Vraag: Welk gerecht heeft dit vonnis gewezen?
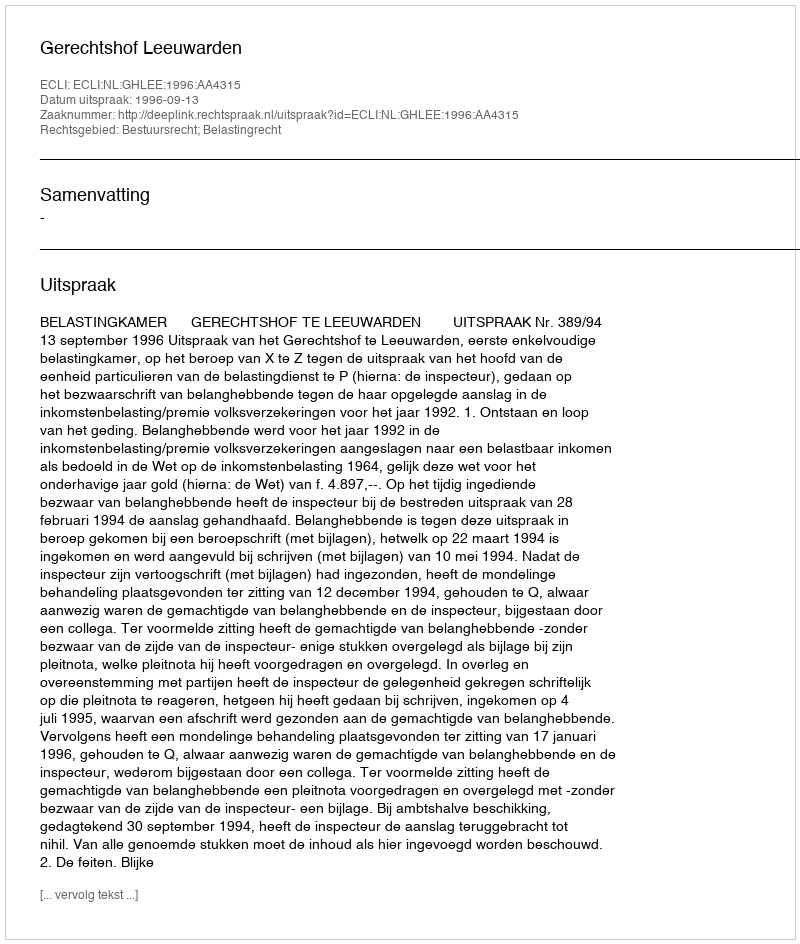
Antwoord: Gerechtshof Leeuwarden